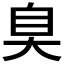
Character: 𦤀